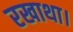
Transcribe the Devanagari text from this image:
रखाथा।